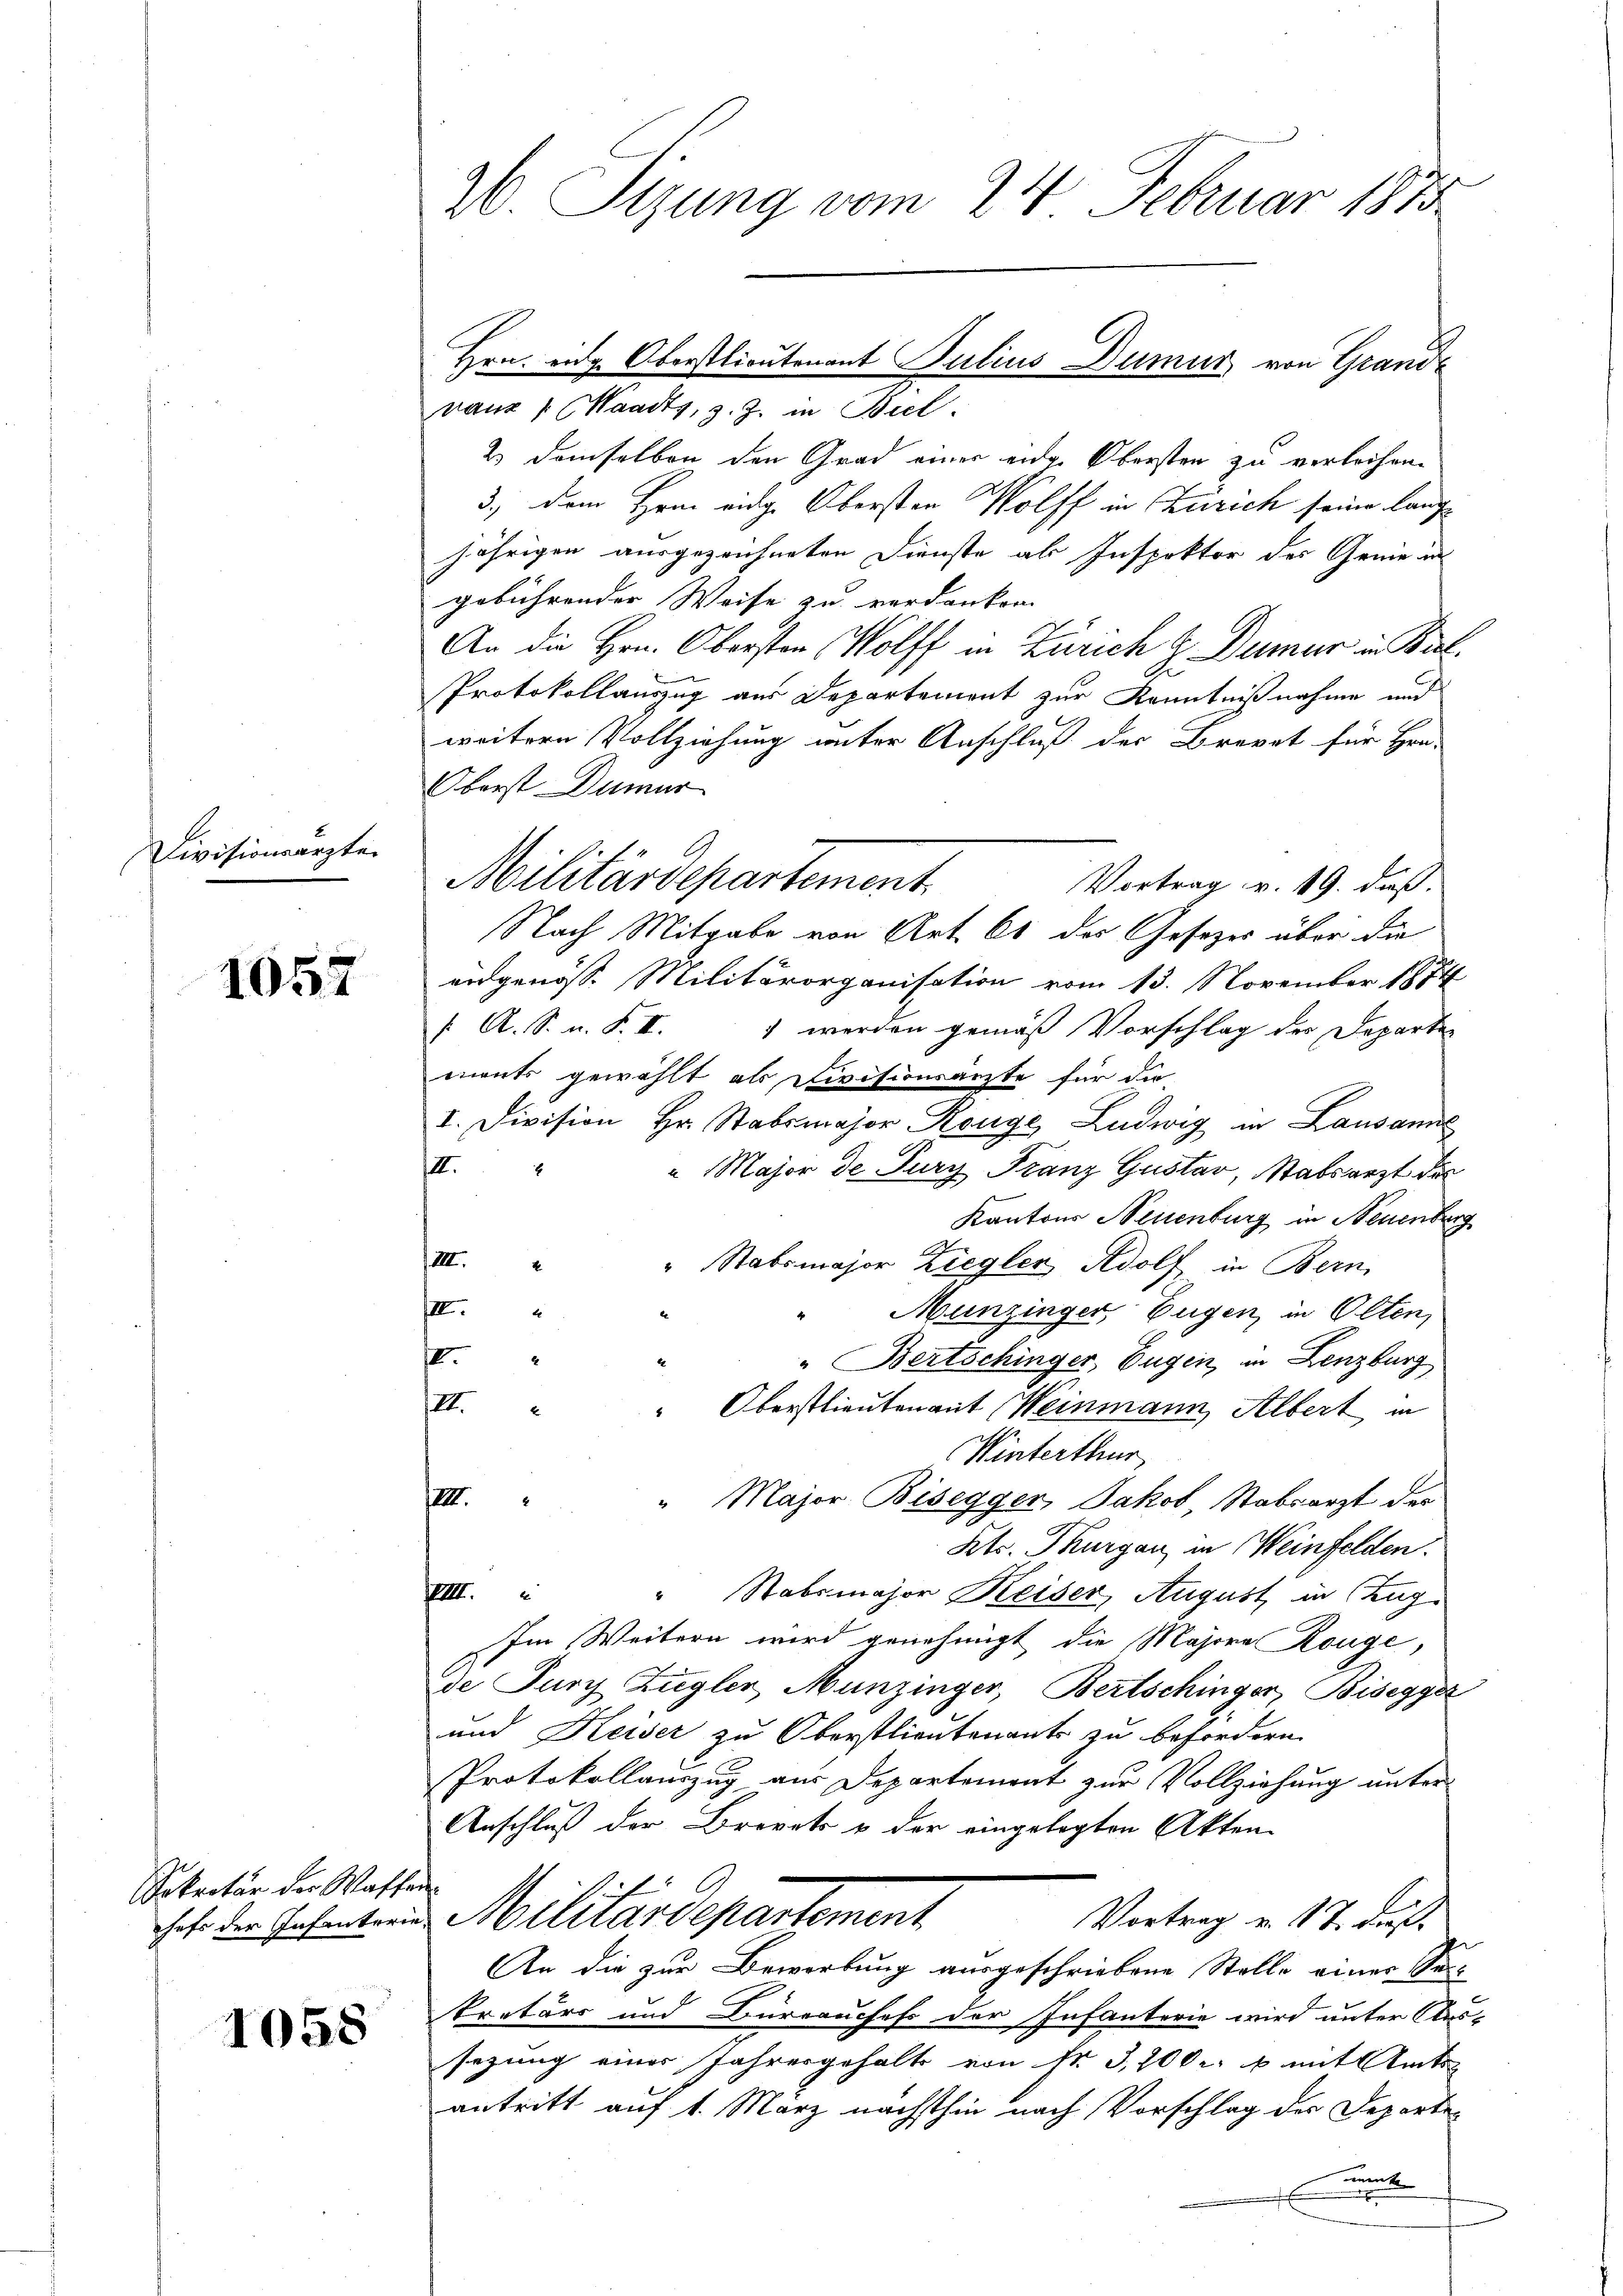
Divisionsarzte.

1057

Sekretär der Waffen

1058

26. Sizung vom 24. Februar 1873

vanz : Waadt, z. Z. in Biel.
2) Demselben den Grad einer eidge Obersten zu verleihen.
3., dem Hern eidge Obersten Wolff in Zürich seine langjährigen ausgezeichneten Dienste ab Inspektor der Genie in
gebührender Weise zu verdanken.
An die Hrn. Obersten Wolff in Zürich z. Dumur in Bil
Protokollauszug aus Departement zur Kenntnißnahme und
weitern Vollziehung unter Anschluß der Brevet für Hrn.
Oberst Dumar
Vortrag v. 19. daß
Nach Mitgabe von Art. 66 des Gesetzes über die
eidgenöss. Militärorganisation vom 13. November 1874
 A. S. n. F. II. 1 werden gemäß Vorschlag der Departen
muts gewählt als Divisionsärzte für die
I. Division Hr. Stabsmajor Range Ludwig in Lausanne
II.
" Major de Jury Franz Gustav, Stabsarzt des
Kantons Neuenburg in Neuenburg
l
" Stabsmajor Ziegler Adolf in Bern,
III.
Munzinger, Eugen, in Olten,
2
"Bertschinger, Eugen, in Lenzburg
II. " " Oberstlieutenant Weinmann Albert in
Winterthur
VIII. " " Major Bisegger, Jakob Stabsarzt der
Kts. Thurgau, in Weinfelden.
VIII.
“ Stabsmajor Keiser, August in Zug
Im Weitern wird genehmigt die Majora Rouge,
de Furch Zugler Munzinger, Bertschinger, Bisegger
und Keiser zu Oberstlieutenants zu befördern.
Protokollauszug aus Departement zur Vollziehung unter
Anschluß der Brevets & der eingelegten Akten
Vortrag v. 17. die
Jahr die Gehentaris Militärdepartement
An die zur Bewerbung ausgeschriebene Stelle einer Se-
kretärs und Büreauches der Infanterie wird unter Aus-
sezung eines Jahresgehalt von Nr. 3,700 f mit Amts
antritt auf 1. März nächsthin nach Vorschlag der Departemnt

Militärdepartement.

Hrn. eng Oberstlieutenant Julius Dumur von Grande